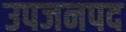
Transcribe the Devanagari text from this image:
उपजनपद